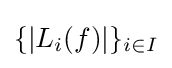
\{|L_{i}(f)|\}_{i\in I}